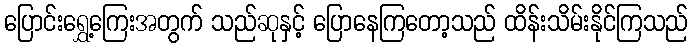
ပြောင်းရွှေ့ကြေးအတွက် သည်ဆုနှင့် ပြောနေကြတော့သည် ထိန်းသိမ်းနိုင်ကြသည်